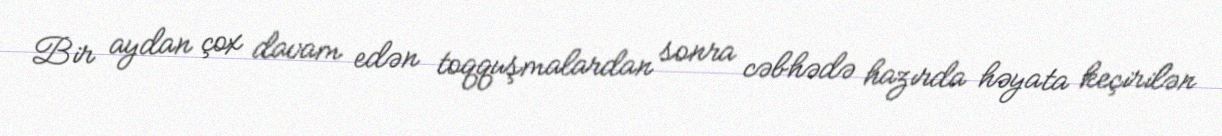
Bir aydan çox davam edən toqquşmalardan sonra cəbhədə hazırda həyata keçirilən